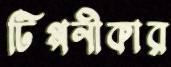
টিপ্পনীকার